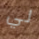
لي